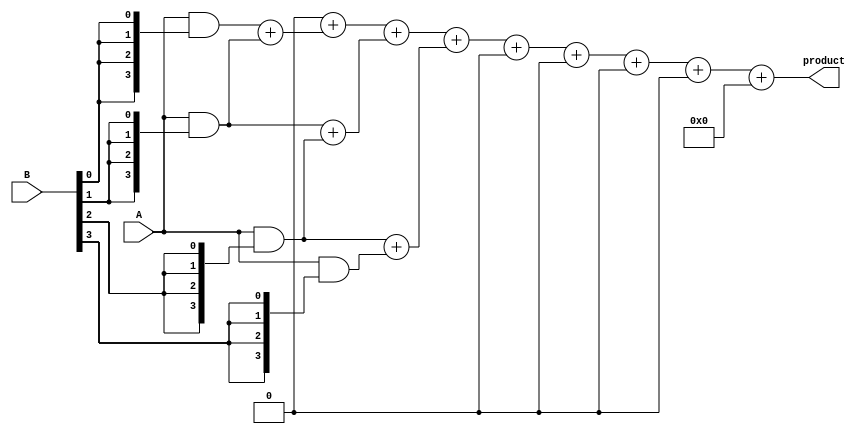
module low_power_wallace_tree_multiplier #(parameter A_WIDTH = 4, B_WIDTH = 4)(
    input [A_WIDTH-1:0] A,
    input [B_WIDTH-1:0] B,
    output reg [A_WIDTH + B_WIDTH - 1:0] product
);

    // Partial product generation
    wire [A_WIDTH-1:0] pp[B_WIDTH-1:0]; // Partial products
    genvar i;
    generate
        for (i = 0; i < B_WIDTH; i = i + 1) begin: gen_partial_products
            assign pp[i] = A & {A_WIDTH{B[i]}}; // AND operation to generate partial products
        end
    endgenerate

    // Wallace Tree reduction
    wire [A_WIDTH + B_WIDTH - 1:0] sum [0:A_WIDTH + B_WIDTH - 1]; // Intermediate sums
    wire [A_WIDTH + B_WIDTH - 1:0] carry [0:A_WIDTH + B_WIDTH - 1]; // Intermediate carries

    // Stage 1: Grouping and reduction
    integer j;
    always @(*) begin
        for (j = 0; j < A_WIDTH + B_WIDTH - 1; j = j + 1) begin
            sum[j] = 0;
            carry[j] = 0;
        end

        for (j = 0; j < B_WIDTH; j = j + 1) begin
            // Add partial products using half and full adders
            if (j < B_WIDTH - 1) begin
                {carry[j], sum[j]} = pp[j] + pp[j + 1]; // Simple addition for two partial products
            end
            if (j < B_WIDTH - 2) begin
                {carry[j + 1], sum[j + 1]} = sum[j] + pp[j + 2]; // Continue adding the next partial product
            end
        end
    end

    // Final addition
    reg [A_WIDTH + B_WIDTH - 1:0] final_sum;
    reg [A_WIDTH + B_WIDTH - 1:0] final_carry;

    always @(*) begin
        final_sum = 0;
        final_carry = 0;
        for (j = 0; j < A_WIDTH + B_WIDTH - 1; j = j + 1) begin
            final_sum = final_sum + sum[j];
            final_carry = final_carry + carry[j];
        end
        product = final_sum + final_carry; // Final product calculation
    end

endmodule